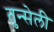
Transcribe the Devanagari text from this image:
तुन्सेली